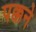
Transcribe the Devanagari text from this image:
पक्कने